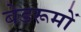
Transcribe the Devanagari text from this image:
बेडरूमों